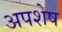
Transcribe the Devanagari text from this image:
अपशेष